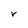
Character: V